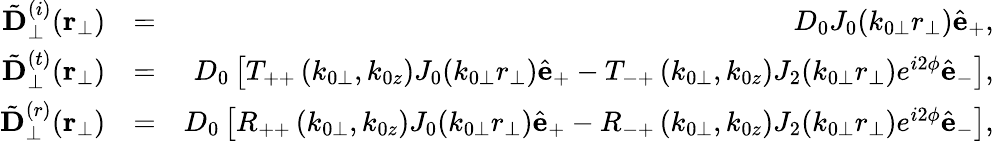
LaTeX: \begin{array}{rlr}{{\tilde{\mathbf D}}_{\perp}^{(i)}({\mathbf r}_{\perp})}&{=}&{D_{0}J_{0}(k_{0\perp}r_{\perp})\hat{\mathbf e}_{+},}\\ {{\tilde{\mathbf D}}_{\perp}^{(t)}({\mathbf r}_{\perp})}&{=}&{D_{0}\left[T_{++}\left(k_{0\perp},k_{0z}\right)J_{0}(k_{0\perp}r_{\perp})\hat{\mathbf e}_{+}-T_{-+}\left(k_{0\perp},k_{0z}\right)J_{2}(k_{0\perp}r_{\perp})e^{i2\phi}\hat{\mathbf e}_{-}\right],}\\ {{\tilde{\mathbf D}}_{\perp}^{(r)}({\mathbf r}_{\perp})}&{=}&{D_{0}\left[R_{++}\left(k_{0\perp},k_{0z}\right)J_{0}(k_{0\perp}r_{\perp})\hat{\mathbf e}_{+}-R_{-+}\left(k_{0\perp},k_{0z}\right)J_{2}(k_{0\perp}r_{\perp})e^{i2\phi}\hat{\mathbf e}_{-}\right],}\end{array}